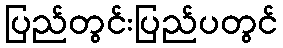
ပြည်တွင်းပြည်ပတွင်